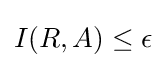
{\textstyle I(R,A)\leq \epsilon }